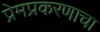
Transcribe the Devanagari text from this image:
प्रेमप्रकरणाचा